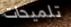
تلميحات